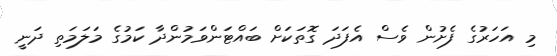
މި އަހަރުގެ ފެށުން ވެސް އެފަދަ ގޮތަކަށް ބައްޓަންވަމުންދާ ކަމުގެ މަލަމަތި ދަނީ